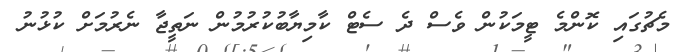
މެޗުގައި ކޮންމެ ޓީމަކުން ވެސް ދެ ސެޓް ކާމިޔާބުކުރުުމުން ނަތީޖާ ނެރުމަށް ކުޅުނު